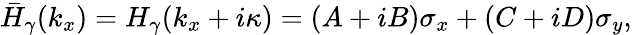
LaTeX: \begin{array}{r}{\bar{H}_{\gamma}(k_{x})=H_{\gamma}(k_{x}+i\kappa)=(A+iB)\sigma_{x}+(C+iD)\sigma_{y},}\end{array}